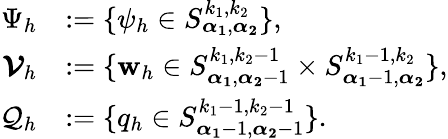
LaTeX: \begin{array}{rl}{\Psi_{h}}&{:=\{ \psi_{h}\in S_{\boldsymbol{\alpha_{1}},\boldsymbol{\alpha_{2}}}^{k_{1},k_{2}}\} ,}\\ {\boldsymbol{\mathcal{V}}_{h}}&{:=\{ \textbf{w}_{h}\in S_{\boldsymbol{\alpha_{1}},\boldsymbol{\alpha_{2}}-1}^{k_{1},k_{2}-1}\times S_{\boldsymbol{\alpha_{1}}-1,\boldsymbol{\alpha_{2}}}^{k_{1}-1,k_{2}}\} ,}\\ {\mathcal{Q}_{h}}&{:=\{ q_{h}\in S_{\boldsymbol{\alpha_{1}}-1,\boldsymbol{\alpha_{2}}-1}^{k_{1}-1,k_{2}-1}\} .}\end{array}